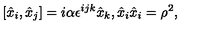
[ \hat { x } _ { i } , \hat { x } _ { j } ] = i \alpha \epsilon ^ { i j k } \hat { x } _ { k } , \hat { x } _ { i } \hat { x } _ { i } = \rho ^ { 2 } ,